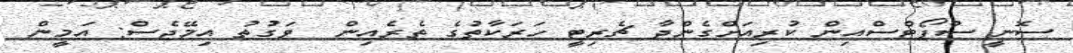
ސޮނީ ސްޕޯޓްސްއިން ކުރިއަށްގެންދާ ޗެރިޓީ ހަރަކާތުގެ ތެރެއިން  ވަގުތު އިމޭޖެސް: އަމީން